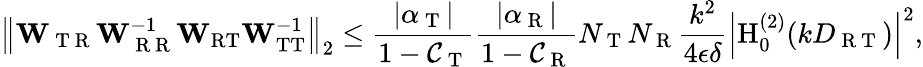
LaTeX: \left\Vert\mathbf{W}_{\mathrm{~T~R~}}\mathbf{W}_{\mathrm{~R~R~}}^{-1}\mathbf{W}_{\mathrm{RT}}\mathbf{W}_{\mathrm{TT}}^{-1}\right\Vert_{2}\leq\frac{|\alpha_{\mathrm{~T~}}|}{1-\mathcal{C}_{\mathrm{~T~}}}\frac{|\alpha_{\mathrm{~R~}}|}{1-\mathcal{C}_{\mathrm{~R~}}}N_{\mathrm{~T~}}N_{\mathrm{~R~}}\frac{k^{2}}{4\epsilon\delta}\left|\mathrm{H}_{0}^{(2)}(kD_{\mathrm{~R~T~}})\right|^{2},